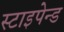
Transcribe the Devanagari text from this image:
स्टाइपेन्ड